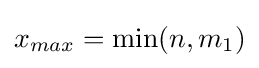
x_{max}=\min(n,m_{1})